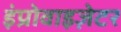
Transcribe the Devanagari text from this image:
इंप्रोवाइज़ेटर